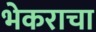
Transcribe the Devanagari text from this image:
भेकराचा